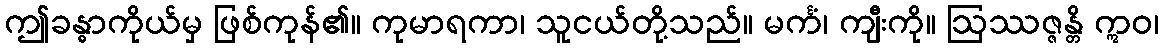
ဤခန္ဓာကိုယ်မှ ဖြစ်ကုန်၏။ ကုမာရကာ၊ သူငယ်တို့သည်။ မင်္ကံ၊ ကျီးကို။ ဩဿဇ္ဇန္တိ ဣဝ၊